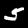
Digit: 5